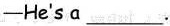
—He's a ___ .